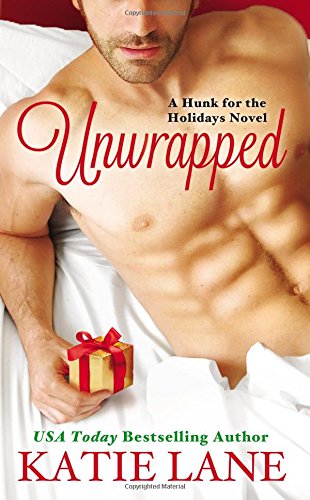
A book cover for Unwrapped (Hunk for the Holidays); Katie Lane; Romance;